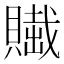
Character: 𧷲